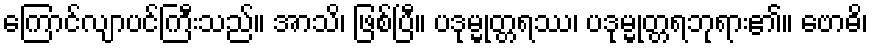
ကြောင်လျာပင်ကြီးသည်။ အာသိ၊ ဖြစ်ပြီ။ ပဒုမ္မုတ္တရဿ၊ ပဒုမ္မုတ္တရဘုရား၏။ ဗောဓိ၊